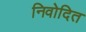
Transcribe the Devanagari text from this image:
निवोदित